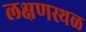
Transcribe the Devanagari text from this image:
लक्षणस्थळ